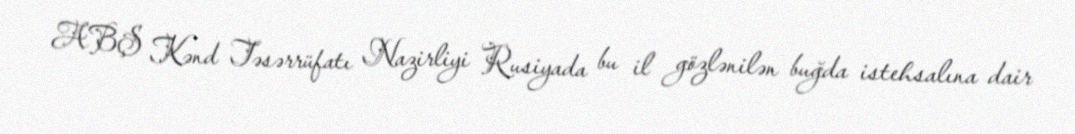
ABŞ Kənd Təsərrüfatı Nazirliyi Rusiyada bu il gözlənilən buğda istehsalına dair